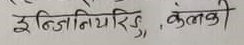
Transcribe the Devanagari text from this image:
इन्जिनियरिङ, कलकी